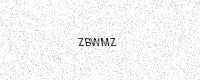
Text: ZBWMZ